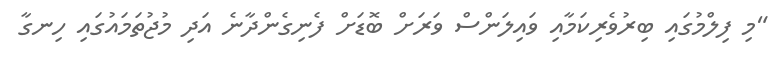
"މި ފިލްމުގައި ބިރުވެރިކަަމާއި ވައިލަންސް ވަރަށް ބޮޑަށް ފެނިގެންދާނެ އަދި މުޖުތަމައުގައި ހިނގާ